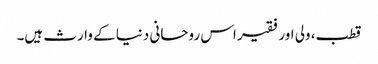
قطب، ولی اور فقیر اس روحانی دنیا کے وارث ہیں۔